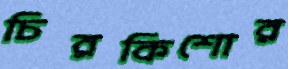
চিরকিশোর